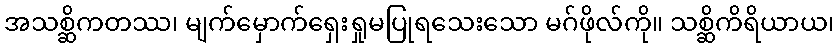
အသစ္ဆိကတဿ၊ မျက်မှောက်ရှေးရှုမပြုရသေးသော မဂ်ဖိုလ်ကို။ သစ္ဆိကိရိယာယ၊